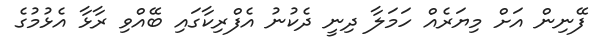
ފޭނިން އަށް މިޔަރެއް ހަމަލާ ދިނީ ދެކުނު އެފްރިކާގައި ބޭއްވި ރާޅާ އެޅުމުގެ